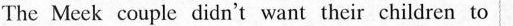
The Meek couple didn't want their children to